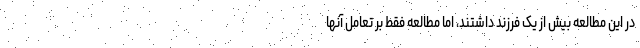
در این مطالعه بیش از یک فرزند داشتند، اما مطالعه فقط بر تعامل آنها